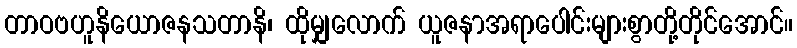
တာဝဗဟူနိယောဇနသတာနိ၊ ထိုမျှလောက် ယူဇနာအရာပေါင်းများစွာတို့တိုင်အောင်။